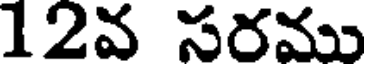
12వ సరము